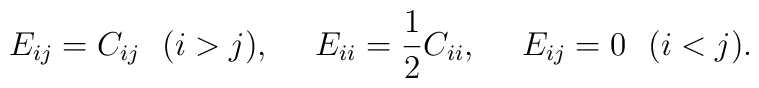
E_{ij}=C_{ij}\ \ (i>j),\ \ \ \ E_{ii}={1\over 2}C_{ii},\ \ \ \ E_{ij}=0\ \ (i<j).